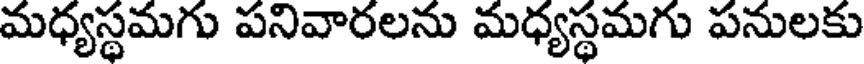
మధ్యస్థమగు పనివారలను మధ్యస్థమగు పనులకు